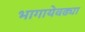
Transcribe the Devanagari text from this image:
भागायेवढ्या